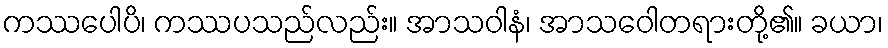
ကဿပေါပိ၊ ကဿပသည်လည်း။ အာသဝါနံ၊ အာသဝေါတရားတို့၏။ ခယာ၊